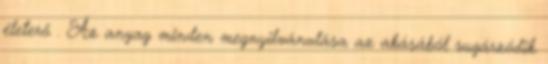
életerő . Az anyag minden megnyilvánulása az akásából sugárzódik